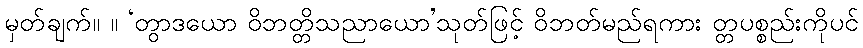
မှတ်ချက်။ ။ ‘တွာဒယော ဝိဘတ္တိသညာယော’သုတ်ဖြင့် ဝိဘတ်မည်ရကား တ္တပစ္စည်းကိုပင်